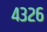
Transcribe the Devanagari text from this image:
४३२६